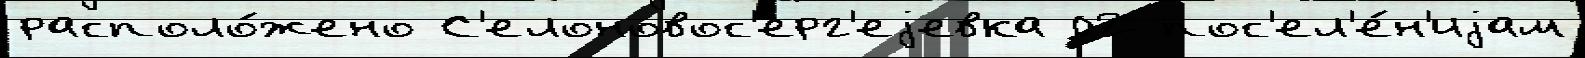
располо́жено С'елоновос'ерг'еjевка 02 пос'ел'е́н'иjам